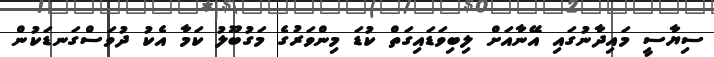
ސިޔާސީ މައިދާނުގައި އޭނާއަށް ލިބިވަޑައިގަތް ކުޑަ މިންވަރުގެ މަގުބޫލު ކަމާ އެކު ދުވަސްގަނޑަކުން